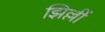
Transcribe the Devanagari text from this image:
झिल्लीं